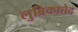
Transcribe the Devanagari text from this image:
लुब्रिकातेद